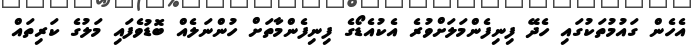
އެހެން ގައުމުތަކުގައި ހެދޭ ފިނިފެންމަލަށްވުރެ އެކުއެޑޯގެ ފިނިފެންމާތަށް ހުންނަލެއް ބޮޑުވެފައި މަލުގެ ކަރިތައް